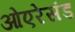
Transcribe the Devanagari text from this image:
ओएरेसंड